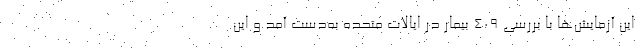
این آزمایش‌ها با بررسی ۴۰۹ بیمار در ایالات متحده به‌دست آمد و این